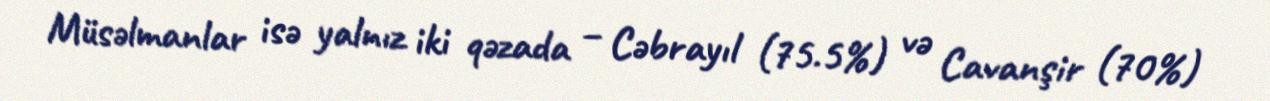
Müsəlmanlar isə yalnız iki qəzada – Cəbrayıl (75.5%) və Cavanşir (70%)